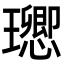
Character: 𤫈